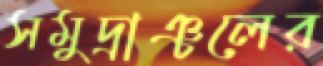
সমুদ্রাঞ্চলের